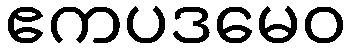
ဧကပဒမေဝ